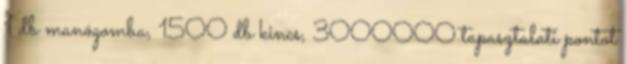
1 db manógomba, 1500 db kincs, 3000000 tapasztalati pontot